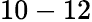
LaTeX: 10-12